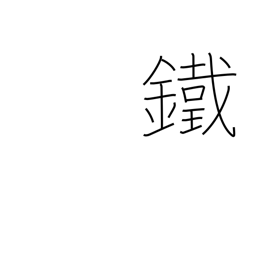
Meaning: iron